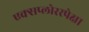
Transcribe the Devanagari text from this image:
एक्सप्लोररपेक्षा